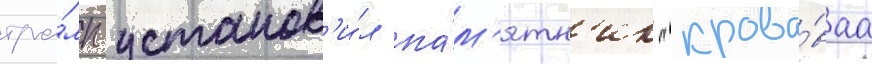
тра́мп установ'и́л па́м'ятн'ик "крова́ваа